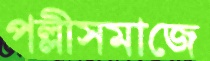
পল্লীসমাজে